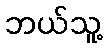
ဘယ်သူ့